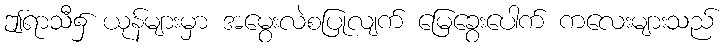
ဤရာသီ၌ ယုန်များမှာ အမွေးလဲစပြုလျက် မြေခွေးပေါက် ကလေးများသည်